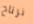
نرتاح